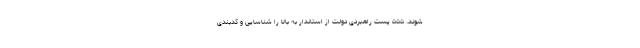
‌شوند. ۵۵۵ پست راهبردی دولت از استاندار به بالا را شناسایی و کدبندی